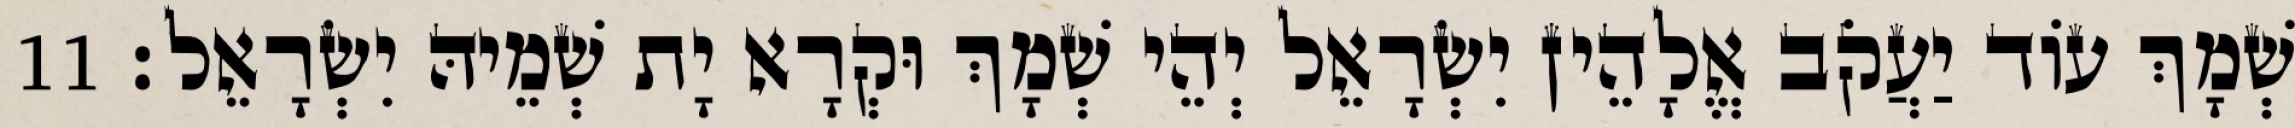
שְׁמָךְ עוֹד יַעֲקֹב אֱלָהֵין יִשְׂרָאֵל יְהֵי שְׁמָךְ וּקְרָא יָת שְׁמֵיהּ יִשְׂרָאֵל׃ 11